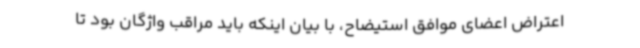
اعتراض اعضای موافق استیضاح، با بیان اینکه باید مراقب واژگان بود تا